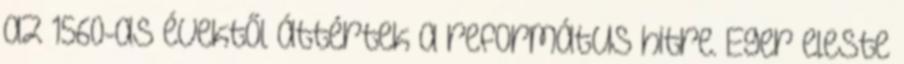
az 1560-as évektől áttértek a református hitre. Eger eleste